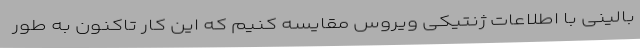
بالینی با اطلاعات ژنتیکی ویروس مقایسه کنیم که این کار تاکنون به طور